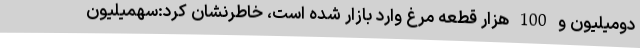
دومیلیون و 100 هزار قطعه مرغ وارد بازار شده است، خاطرنشان کرد:سهمیلیون